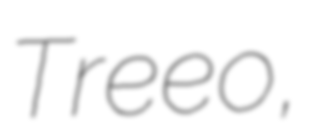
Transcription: Treeo,